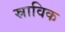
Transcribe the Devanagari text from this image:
स्राविक